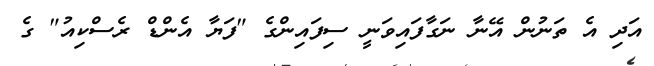
އަދި އެ ތަނުން އޭނާ ނަގާފައިވަނީ ސިފައިންގެ "ފަޔާ އެންޑް ރެސްކިއު" ގެ